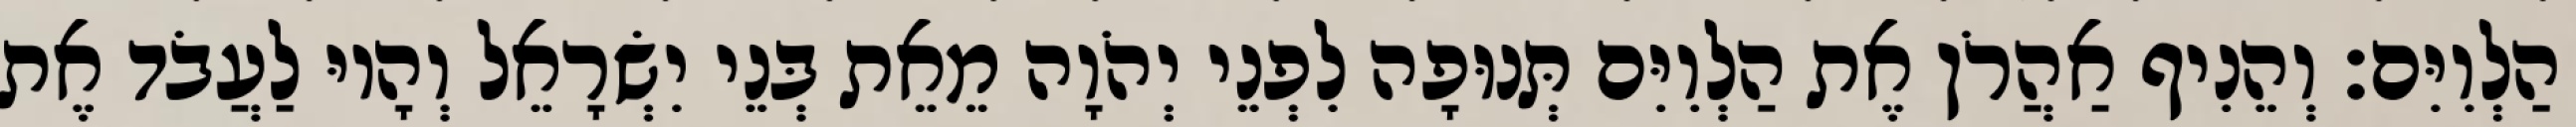
הַלְוִיִּם׃ וְהֵנִיף אַהֲרֹן אֶת הַלְוִיִּם תְּנוּפָה לִפְנֵי יְהֹוָה מֵאֵת בְּנֵי יִשְׂרָאֵל וְהָיוּ לַעֲבֹד אֶת